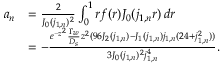
\begin{array} { r l } { a _ { n } } & { = \frac { 2 } { J _ { 0 } ( j _ { 1 , n } ) ^ { 2 } } \int _ { 0 } ^ { 1 } r f ( r ) J _ { 0 } ( j _ { 1 , n } r ) \, d r } \\ & { = - \frac { e ^ { - z ^ { 2 } } \frac { \Gamma _ { w } } { D _ { s } } z ^ { 2 } ( 9 6 J _ { 2 } ( j _ { 1 , n } ) - J _ { 1 } ( j _ { 1 , n } ) j _ { 1 , n } ( 2 4 + j _ { 1 , n } ^ { 2 } ) ) } { 3 J _ { 0 } ( j _ { 1 , n } ) ^ { 2 } j _ { 1 , n } ^ { 4 } } . } \end{array}